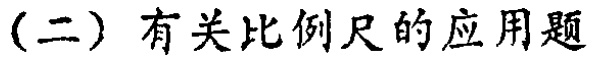
（二）有关比例尺的应用题